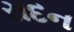
સદન